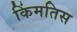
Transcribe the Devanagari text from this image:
किंमतिस